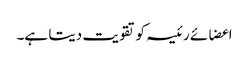
اعضائے رئیسہ کو تقویت دیتا ہے۔